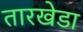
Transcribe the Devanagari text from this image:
तारखेडा